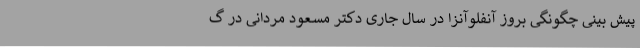
پیش بینی چگونگی بروز آنفلوآنزا در سال جاری دکتر مسعود مردانی در گ